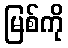
မြစ်ကို